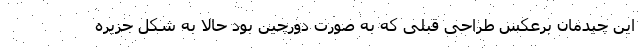
این چیدمان برعکس طراحی قبلی که به صورت دورچین بود حالا به شکل جزیره